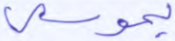
بموسى